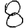
Digit: 8